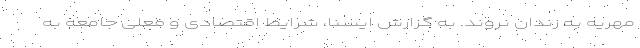
مهریه به زندان نروند. به گزارش ایسنا، شرایط اقتصادی و فعلی جامعه به